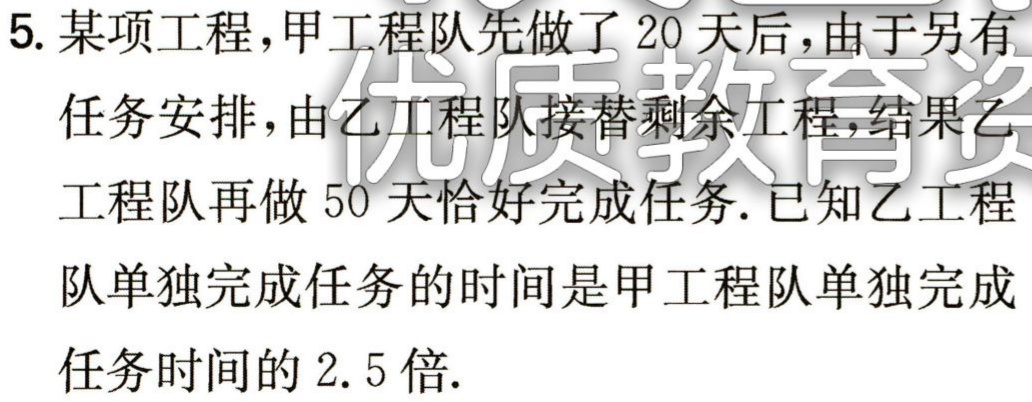
5. 某项工程，甲工程队先做了 20 天后，由于另有

任务安排，由乙工程队接替剩余工程，结果乙

工程队再做 50 天恰好完成任务. 已知乙工程

队单独完成任务的时间是甲工程队单独完成

任务时间的 2.5 倍.